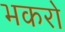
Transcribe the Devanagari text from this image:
भकरो